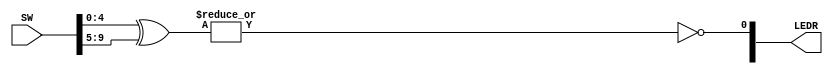
module cmp(SW, LEDR);

input   [9:0]   SW;
output  [9:0]   LEDR;

wire tmp;

wire [4:0] a = SW[4:0];
wire [4:0] b = SW[9:5];

assign tmp = |(a ^ b);

assign LEDR[0] = ~tmp;

endmodule 


/*module cmp(SW, LEDR);

input   [9:0]   SW;
output  [9:0]   LEDR;

wire [4:0] a;
wire [4:0] b;

wire tmp1[4:0];
wire tmp2;

assign a = SW[4:0];
assign b = SW[9:5];

assign tmp1[0] = a[0] ^ b[0];
assign tmp1[1] = a[1] ^ b[1];
assign tmp1[2] = a[2] ^ b[2];
assign tmp1[3] = a[3] ^ b[3];
assign tmp1[4] = a[4] ^ b[4];

assign tmp2 = tmp1[0] | tmp1[1] | tmp1[2] | tmp1[3] | tmp1[4];

assign LEDR[0] = ~tmp2;

endmodule*/